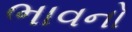
ભાવનો